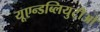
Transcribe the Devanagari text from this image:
यूएन्डब्लियुटीओ